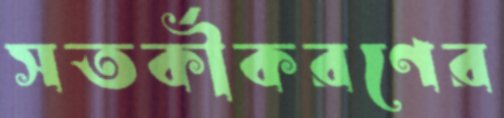
সতর্কীকরণের